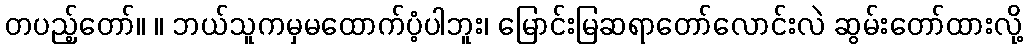
တပည့်တော်။ ။ ဘယ်သူကမှမထောက်ပံ့ပါဘူး၊ မြောင်းမြဆရာတော်လောင်းလဲ ဆွမ်းတော်ထားလို့